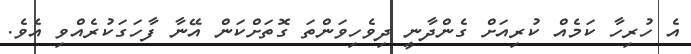
އެ ހުރިހާ ކަމެއް ކުރިއަށް ގެންދާނީ ދިވެހިވަންތަ ގޮތަށްކަން އޭނާ ފާހަގަކުރެއްވި އެވެ.